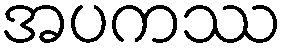
အပကဿ